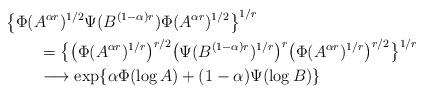
LaTeX: \begin{align*}&\bigl\{\Phi(A^{\alpha r})^{1/2}\Psi(B^{(1-\alpha)r})\Phi(A^{\alpha r})^{1/2}\bigr\}^{1/r} \\&\qquad=\bigl\{\bigl(\Phi(A^{\alpha r})^{1/r}\bigr)^{r/2}\bigl(\Psi(B^{(1-\alpha)r})^{1/r}\bigr)^r\bigl(\Phi(A^{\alpha r})^{1/r}\bigr)^{r/2}\bigr\}^{1/r} \\&\qquad\longrightarrow\exp\{\alpha\Phi(\log A)+(1-\alpha)\Psi(\log B)\}\end{align*}